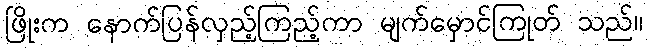
ဖြိုးက နောက်ပြန်လှည့်ကြည့်ကာ မျက်မှောင်ကြုတ် သည်။